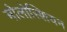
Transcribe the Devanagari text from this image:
मोलोस्शियन